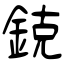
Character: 鋴